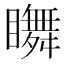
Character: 𥌇